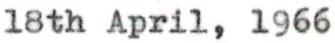
18th April, 1966